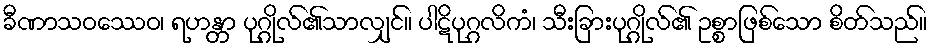
ခီဏာသဝဿေဝ၊ ရဟန္တာ ပုဂ္ဂိုလ်၏သာလျှင်။ ပါဋိပုဂ္ဂလိကံ၊ သီးခြားပုဂ္ဂိုလ်၏ ဥစ္စာဖြစ်သော စိတ်သည်။